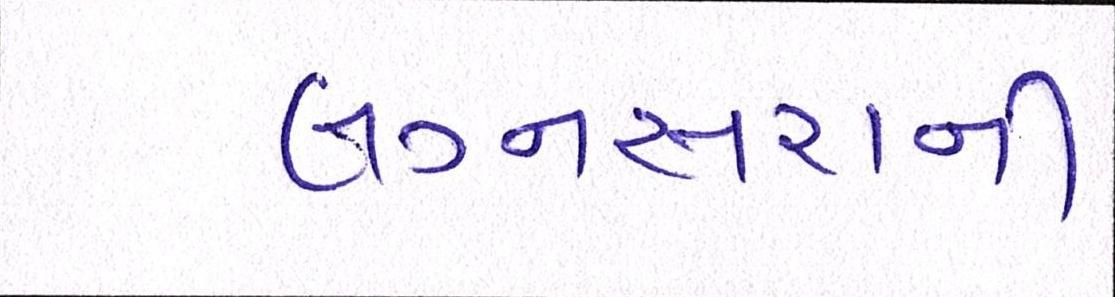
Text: લગ્નસરાની